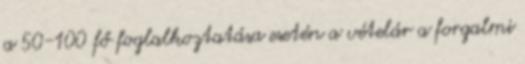
a 50-100 fő foglalkoztatása esetén a vételár a forgalmi